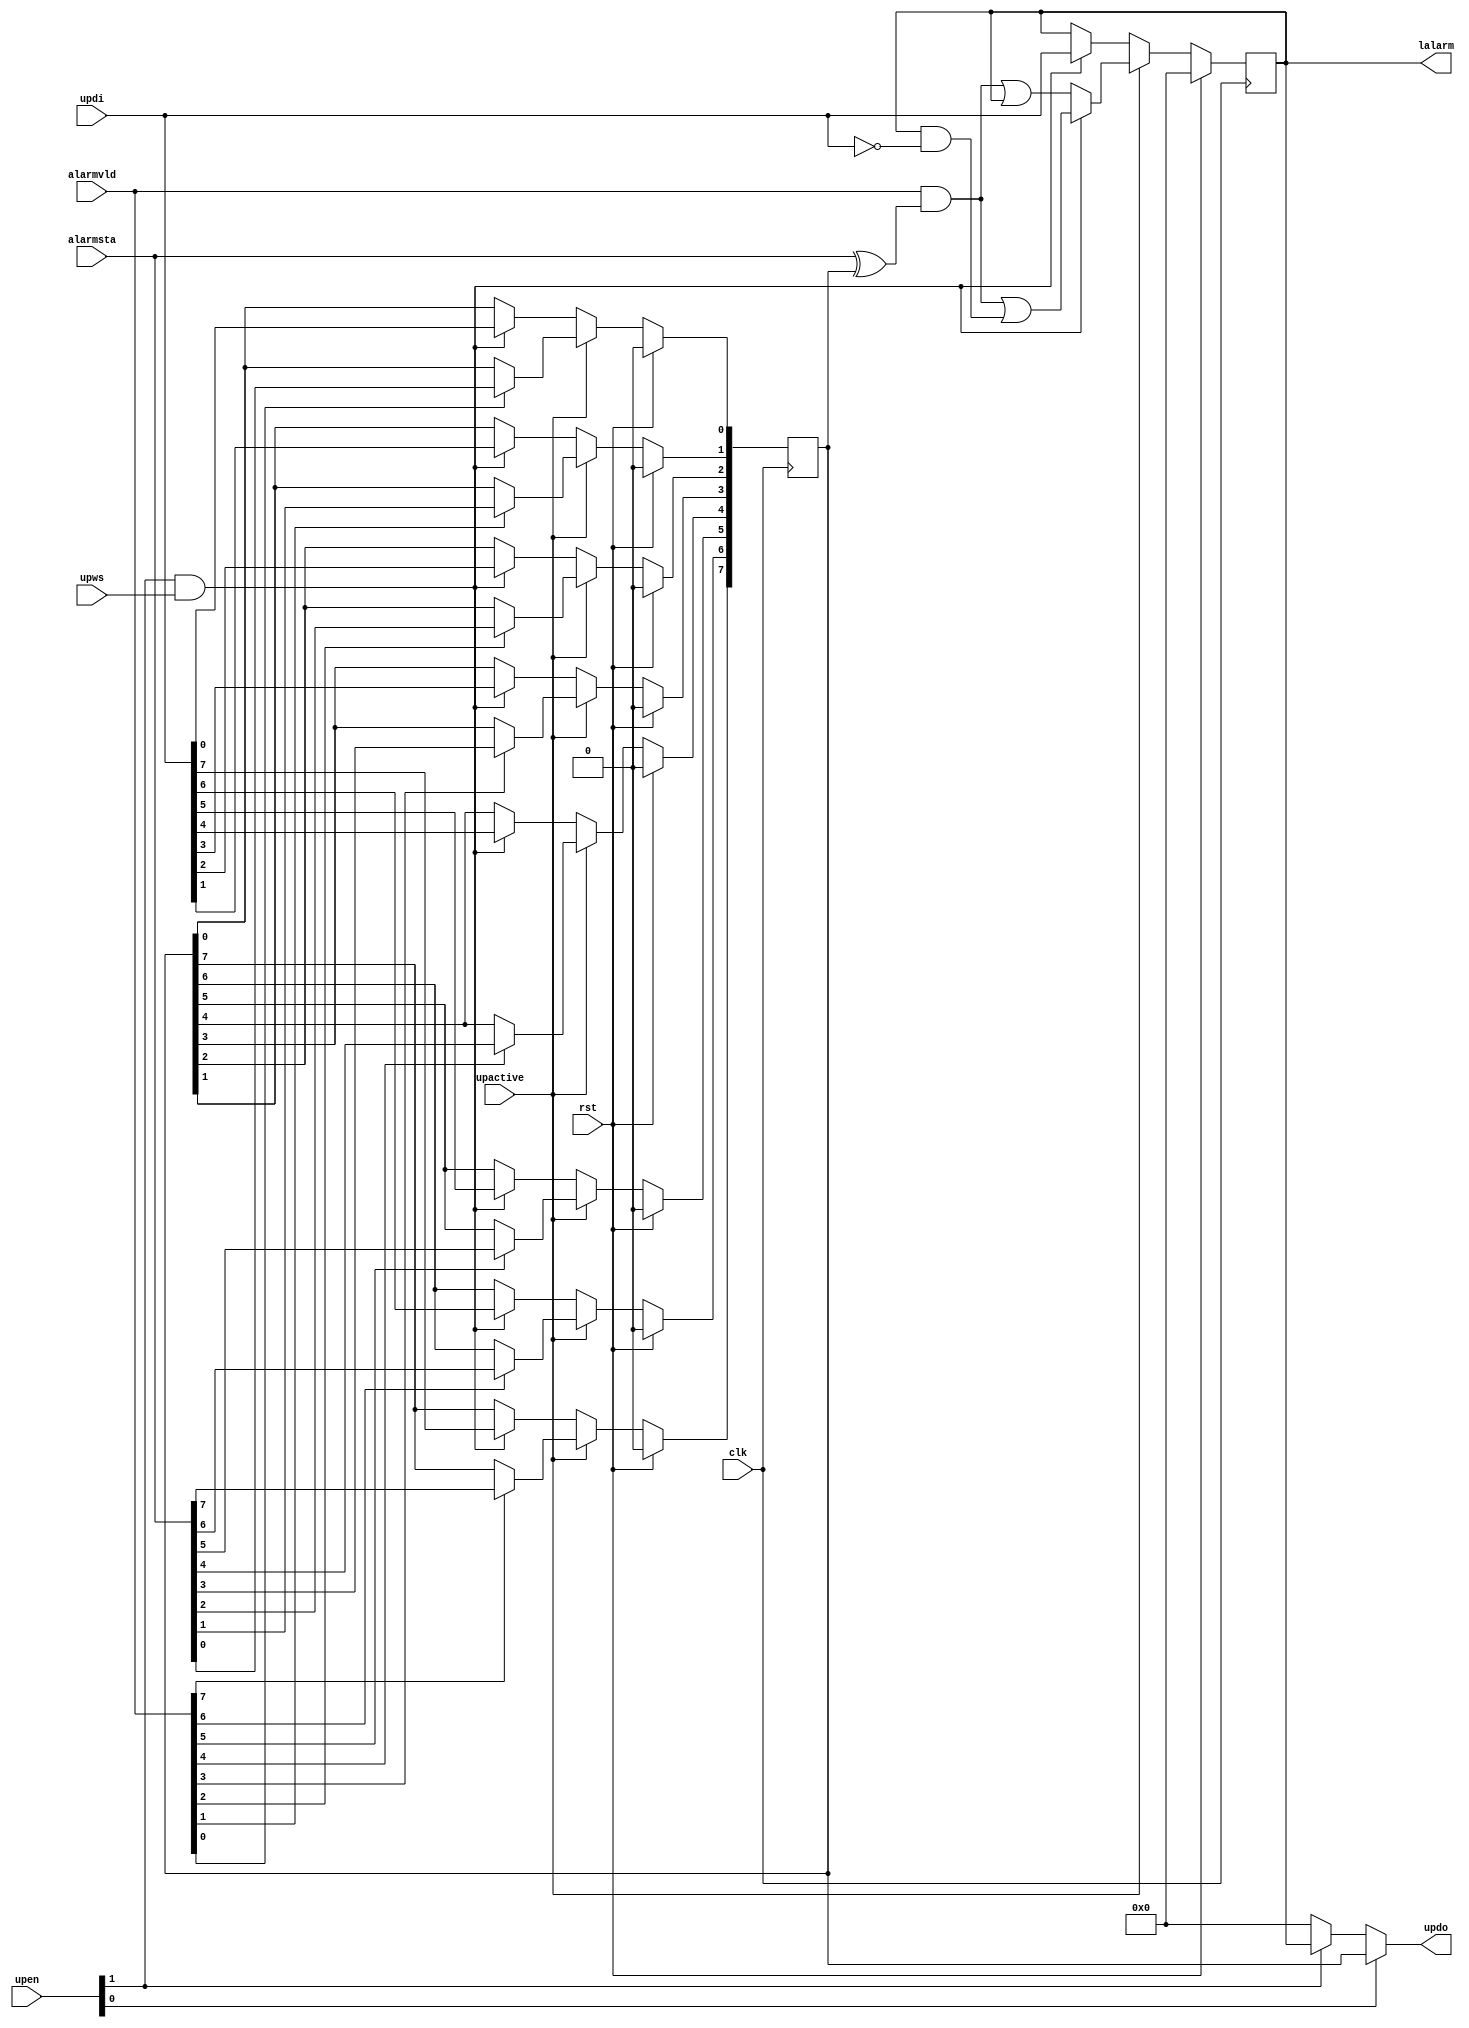
// Description     : sticky bits, write "1" to clear
//////////////////////////////////////////////////////////////////////////////////

module stickystachgx
    (
     clk,
     rst,
     upactive,
     alarmvld,// should be register for good timing
     alarmsta,// should be register for good timing
     upen,
     upws,
     updi,
     updo,
     lalarm     // OR to get 
     );

parameter           WIDTH = 8;
input               clk;
input               rst;
input               upactive;
input   [1:0]       upen;           // {upen_intr,upen_alarm}
input               upws;           // processor write strobe
input   [WIDTH-1:0] alarmvld,
                    alarmsta;          // alarms in
input   [WIDTH-1:0] updi;           // processor data in

output  [WIDTH-1:0] updo;           // processor data out
output  [WIDTH-1:0] lalarm;         // latched alarms out

wire                upen_intr,upen_alarm;
assign              {upen_intr,upen_alarm} = upen[1:0];

wire                we;
assign              we = upen_intr & upws;

reg     [WIDTH-1:0] lalarm = {WIDTH{1'b0}}; // State change
reg     [WIDTH-1:0] alarm = {WIDTH{1'b0}};  // Current status

assign updo = upen_alarm ? alarm : upen_intr ? lalarm : {WIDTH{1'b0}};

// Current status
integer             i;
always @(posedge clk)
    begin
    if (rst)    
        alarm <= {WIDTH{1'b0}};
    else if (~upactive)
        begin
        if(we) alarm <= updi;
        end
    else
        begin
        for (i=0;i<WIDTH;i=i+1) if (alarmvld[i])    alarm[i] <= alarmsta[i];
        end
    end

// State change
wire [WIDTH-1:0]    alarmchg;
assign              alarmchg = alarmvld & (alarmsta ^ alarm);

always @(posedge clk)
    begin
    if (rst) 
        lalarm <= {WIDTH{1'b0}};
    else if (~upactive)
        begin
        if(we) lalarm <= updi;
        end
    else if (we)
        lalarm <= alarmchg | (lalarm & ~updi);
    else 
        lalarm <= alarmchg | lalarm;
    end

endmodule